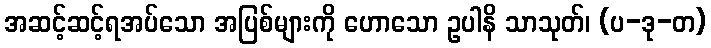
အဆင့်ဆင့်ရအပ်သော အပြစ်များကို ဟောသော ဥပါနိ သာသုတ်၊ (ပ-ဒု-တ)